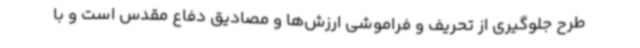
طرح جلوگیری از تحریف و فراموشی ارزش‌ها و مصادیق دفاع مقدس است و با